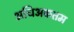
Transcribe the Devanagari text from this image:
अधिअकतम